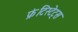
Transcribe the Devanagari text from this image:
फ्रंटिस्टेट्स